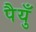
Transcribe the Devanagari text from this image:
पैयुँ